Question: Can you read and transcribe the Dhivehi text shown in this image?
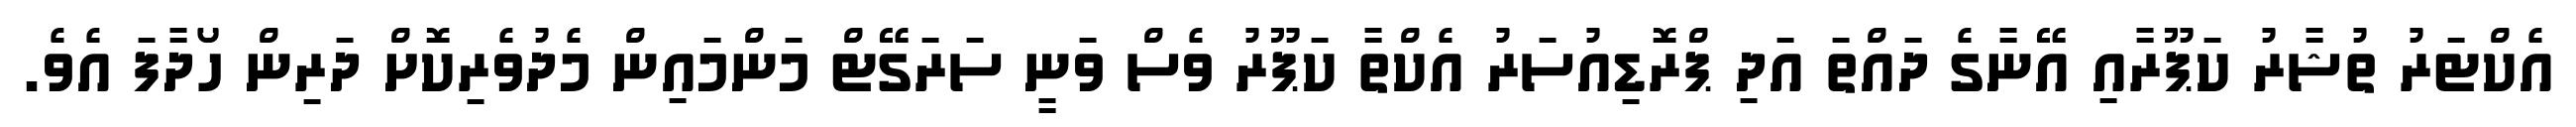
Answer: އެކްޓަރު ތުޝާރު ކަޕޫރާއި އޭނާގެ ދައްތަ އަދި ޕްރޮޑިއުސަރު އެކްތާ ކަޕޫރު ވެސް ވަނީ ސަރަގޭޓް މަންމައިން މެދުވެރިކޮށް ދަރިން ހޯދާފަ އެވެ.